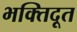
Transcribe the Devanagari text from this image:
भक्तिदूत